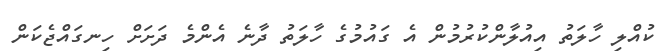
ކުއްލި ހާލަތު އިއުލާންކުރުމުން އެ ގައުމުގެ ހާލަތު ދާނެ އެންމެ ދަށަށް ހިނގައްޖެކަން